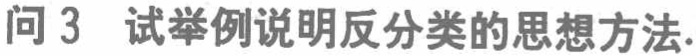
问 3 试举例说明反分类的思想方法.